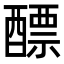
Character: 醥